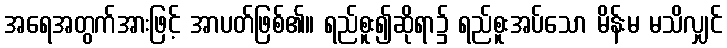
အရေအတွက်အားဖြင့် အာပတ်ဖြစ်၏။ ရည်စူး၍ဆိုရာ၌ ရည်စူးအပ်သော မိန်းမ မသိလျှင်